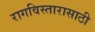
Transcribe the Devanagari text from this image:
रागविस्तारासाठी